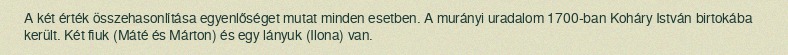
A két érték összehasonlítása egyenlőséget mutat minden esetben. A murányi uradalom 1700-ban Koháry István birtokába került. Két fiuk (Máté és Márton) és egy lányuk (Ilona) van.